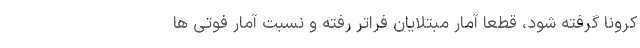
کرونا گرفته شود، قطعا آمار مبتلایان فراتر رفته و نسبت آمار فوتی ها